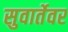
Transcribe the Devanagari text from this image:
सुवार्तेवर